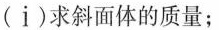
(i)求斜面体的质量；